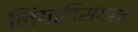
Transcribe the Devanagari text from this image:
लिंगादिसंग्रह